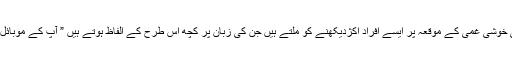
شادی بیاہ یا کسی خوشی غمی کے موقعہ پر ایسے افراد اکژدیکھنے کو ملتے ہیں جن کی زبان پر کچھ اس طرح کے الفاظ ہوتے ہیں ” آپ کے موبائل میں بیلنس ہو گا۔